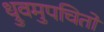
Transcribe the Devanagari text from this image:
ध्रुवमुपचितो